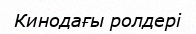
Кинодағы ролдері